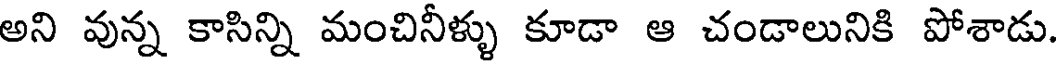
అని వున్న కాసిన్ని మంచినీళ్ళు కూడా ఆ చండాలునికి పోశాడు.